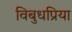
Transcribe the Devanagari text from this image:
विबुधप्रिया